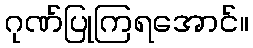
ဂုဏ်ပြုကြရအောင်။